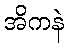
အိကနဲ